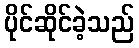
ပိုင်ဆိုင်ခဲ့သည်